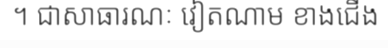
។ ជាសាធារណៈ វៀតណាម ខាងជើង